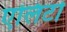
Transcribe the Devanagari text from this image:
एलिटो